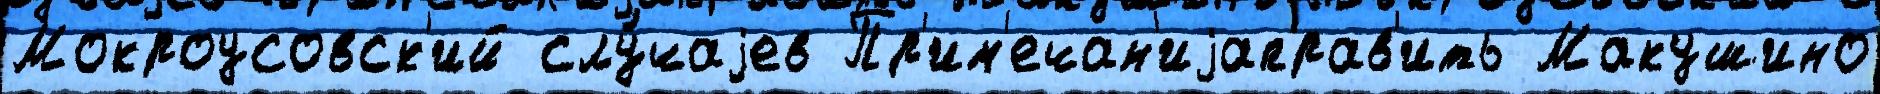
Мокроусовск'ий слу́чаjев Пр'им'ечан'иjаправ'ить Макушино